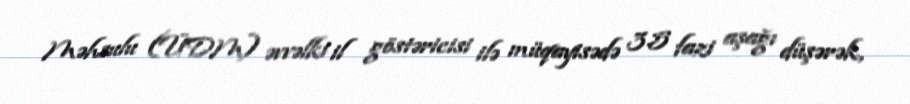
Məhsulu (ÜDM) əvvəlki il göstəricisi ilə müqayisədə 3.5 fazi aşağı düşərək,